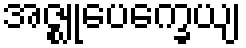
အဇ္ဈုပေက္ခေယျ